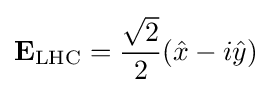
\mathbf {E} _{\text{LHC}}={\frac {\sqrt {2}}{2}}({\hat {x}}-i{\hat {y}})